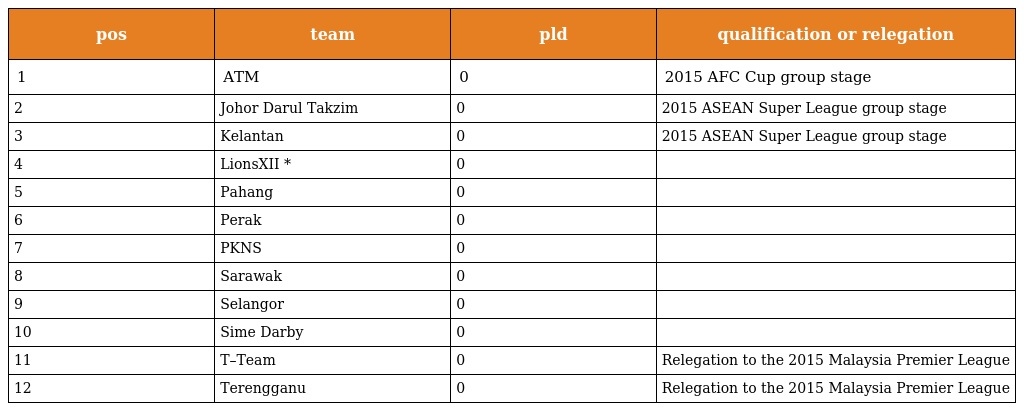
| pos | team | pld | qualification or relegation |
 | --- | --- | --- | --- |
 | 1 | ATM | 0 | 2015 AFC Cup group stage |
 | 2 | Johor Darul Takzim | 0 | 2015 ASEAN Super League group stage |
 | 3 | Kelantan | 0 | 2015 ASEAN Super League group stage |
 | 4 | LionsXII * | 0 |  |
 | 5 | Pahang | 0 |  |
 | 6 | Perak | 0 |  |
 | 7 | PKNS | 0 |  |
 | 8 | Sarawak | 0 |  |
 | 9 | Selangor | 0 |  |
 | 10 | Sime Darby | 0 |  |
 | 11 | T–Team | 0 | Relegation to the 2015 Malaysia Premier League |
 | 12 | Terengganu | 0 | Relegation to the 2015 Malaysia Premier League |